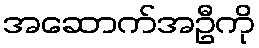
အဆောက်အဦကို